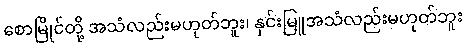
စောမြိုင်တို့ အသံလည်းမဟုတ်ဘူး၊ နှင်းမြူအသံလည်းမဟုတ်ဘူး